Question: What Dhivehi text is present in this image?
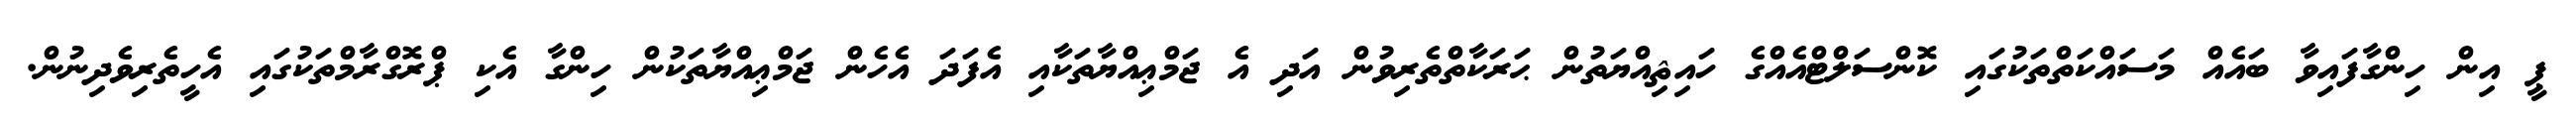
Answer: ޕީ އިން ހިންގާފައިވާ ބައެއް މަސައްކަތްތަކުގައި ކޮންސަލްޓްއެއްގެ ހައިޘިއްޔަތުން ޙަރަކާތްތެރިވުން އަދި އެ ޖަމްޢިއްޔާތަކާއި އެފަދަ އެހެން ޖަމްޢިއްޔާތަކުން ހިންގާ އެކި ޕްރޮގްރާމްތަކުގައި އެހީތެރިވެދިނުން.